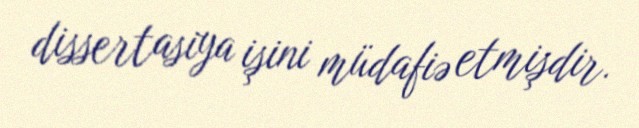
dissertasiya işini müdafiə etmişdir.